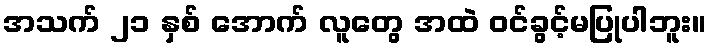
အသက် ၂၁ နှစ် အောက် လူတွေ အထဲ ဝင်ခွင့်မပြုပါဘူး။